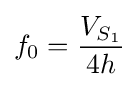
f_{0}={\frac {V_{S_{1}}}{4h}}